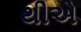
થીએ